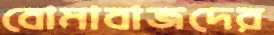
বোমাবাজদের